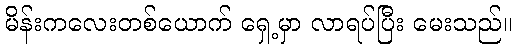
မိန်းကလေးတစ်ယောက် ရှေ့မှာ လာရပ်ပြီး မေးသည်။